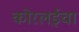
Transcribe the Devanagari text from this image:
कोरलईचा